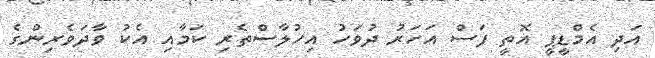
އަދި އެމްޑީޕީ އޮތީ ފަސް އަހަރު ދުވަހު އިހުލާސްތެރި ކަމާއި އެކު ވާދަވެރިންގެ